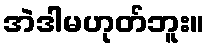
အဲဒါမဟုတ်ဘူး။